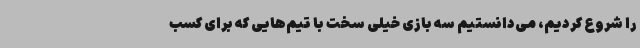
را شروع کردیم، می‌دانستیم سه بازی خیلی سخت با تیم‌هایی که برای کسب